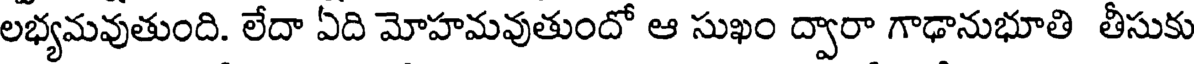
లభ్యమవుతుంది. లేదా ఏది మోహమవుతుందో ఆ సుఖం ద్వారా గాఢానుభూతి తీసుకు